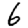
Digit: 6